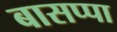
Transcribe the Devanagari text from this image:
बासप्पा